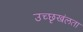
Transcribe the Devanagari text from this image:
उच्छृखंलता